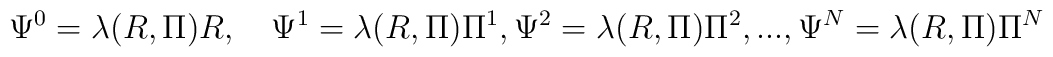
\Psi^0=\lambda(R,\Pi)R,\quad \Psi^1=\lambda(R,\Pi)\Pi^1,\Psi^2=\lambda(R,\Pi)\Pi^2,...,\Psi^N=\lambda(R,\Pi) \Pi^N